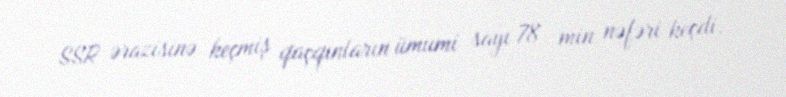
SSR ərazisinə keçmiş qaçqınların ümumi sayı 78 min nəfəri keçdi.